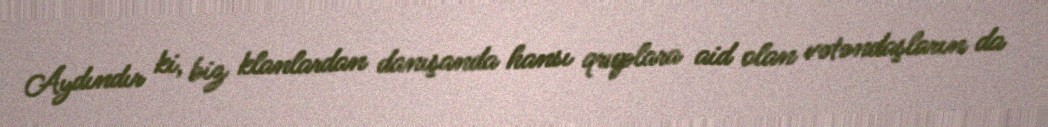
Aydındır ki, biz klanlardan danışanda hansı qruplara aid olan vətəndaşların da